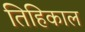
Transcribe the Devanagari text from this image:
तिहिकाल